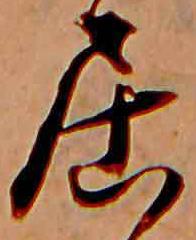
居